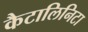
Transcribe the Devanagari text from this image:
कैटालिनिटा